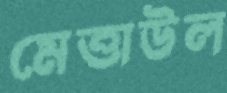
মেত্তাউল